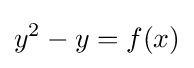
y^{2}-y=f(x)